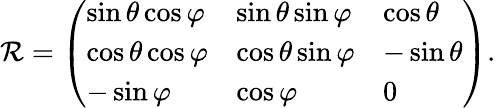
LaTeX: \mathcal{R}={\left(\begin{array}{lll}{\sin\theta\cos\varphi}&{\sin\theta\sin\varphi}&{\cos\theta}\\ {\cos\theta\cos\varphi}&{\cos\theta\sin\varphi}&{-\sin\theta}\\ {-\sin\varphi}&{\cos\varphi}&{0}\end{array}\right)}.